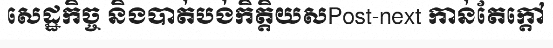
សេដ្ឋកិច្ច និងបាត់បង់កិត្តិយសPost-next កាន់តែក្តៅ